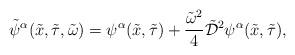
LaTeX: \begin{align*}\tilde{\psi}^{\alpha}(\tilde x, {\tilde \tau}, {\tilde \omega}) = \psi^{\alpha}(\tilde x,{\tilde \tau})+ \frac{{\tilde \omega}^2}{4}\tilde{\cal D}^2 \psi^{\alpha}(\tilde x,{\tilde \tau}),\end{align*}